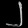
Digit: ၂